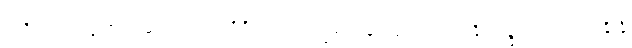
အဒ္ဒဿ သိက္ခာကောဋ္ဌာသော သတိဝိပ္ပဝါသလက္ခဏေန ဩကပ္ပေယျုန္တိ လဉ္ဇကော အာယန္တိန္တိ